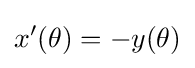
x'(\theta )=-y(\theta )